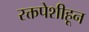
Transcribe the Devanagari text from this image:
रक्तपेशीहून